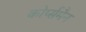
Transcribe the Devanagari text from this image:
कोर्प्समैन